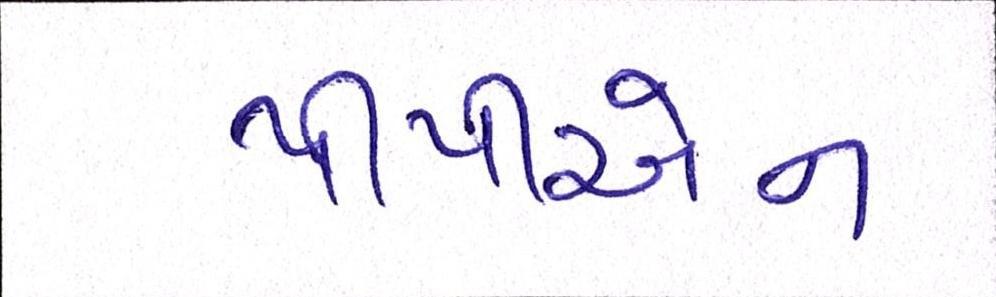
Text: પીપીએન